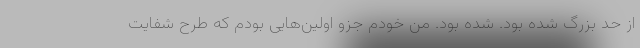
از حد بزرگ شده بود. شده بود. من خودم جزو اولین‌هایی بودم که طرح شفایت